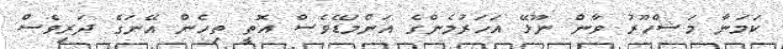
ކަމަނާ މަޝްހޫރު ވާން ނޫޅޭ އަހަރުމެންގެ އަންމަޑޭވެސް އޮތީ ތިހެން އޭނަގެ ދަރިވެސް